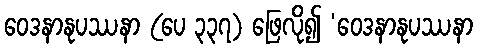
ဝေဒနာနုပဿနာ (ပေ ၃၃၇) ဖြေလို၍ ‘ဝေဒနာနုပဿနာ